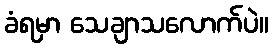
ခံရမှာ သေချာသလောက်ပဲ။